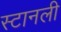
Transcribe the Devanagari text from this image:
स्टानली